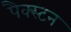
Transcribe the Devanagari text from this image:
पैक्स्टन